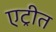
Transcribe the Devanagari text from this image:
एट्रीत